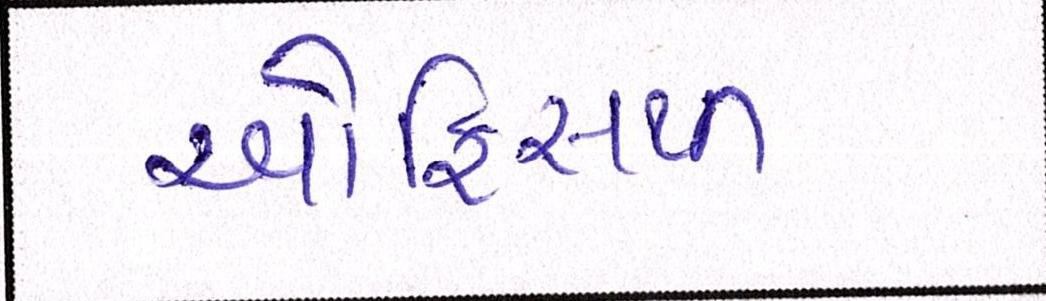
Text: ઓફિસથી